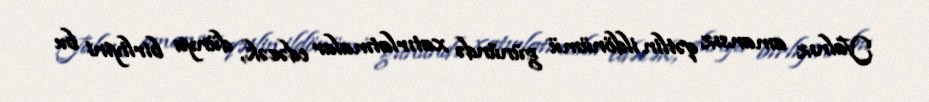
Yalnız amansız qətlin ildönümü günündə xatırlatmalar edəcək, dünya birliyini bu